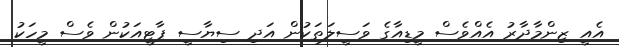
އެއީ ޒިންމާދާރު އެއްވެސް މީޑިއާގެ ވަސީލަތަކުން އަދި ސިޔާސީ ޕާޓީއަކުން ވެސް މީހަކު